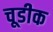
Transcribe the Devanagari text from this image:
चूडीक